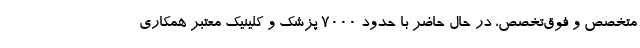
متخصص و فوق‌تخصص، در حال حاضر با حدود ۷۰۰۰ پزشک و کلینیک معتبر همکاری